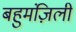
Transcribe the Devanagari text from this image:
बहुमंज़िली